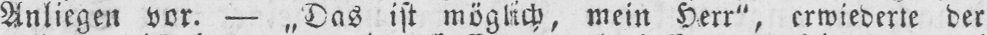
Anliegen vor. - „Das ist möglich, mein Herr“, erwiederte der